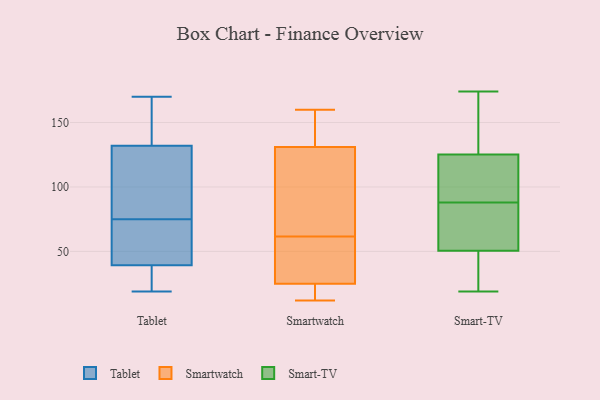
{"axis": {"x": "Churn Rate (%)", "y": "Value"}, "legend": ["Smart-TV", "Smartwatch", "Tablet"], "data": [{"x": "", "y": 83, "type": "Tablet"}, {"x": "", "y": 75, "type": "Tablet"}, {"x": "", "y": 31, "type": "Tablet"}, {"x": "", "y": 19, "type": "Tablet"}, {"x": "", "y": 170, "type": "Tablet"}, {"x": "", "y": 70, "type": "Tablet"}, {"x": "", "y": 29, "type": "Tablet"}, {"x": "", "y": 164, "type": "Tablet"}, {"x": "", "y": 64, "type": "Tablet"}, {"x": "", "y": 141, "type": "Tablet"}, {"x": "", "y": 105, "type": "Tablet"}, {"x": "", "y": 155, "type": "Smartwatch"}, {"x": "", "y": 95, "type": "Smartwatch"}, {"x": "", "y": 131, "type": "Smartwatch"}, {"x": "", "y": 41, "type": "Smartwatch"}, {"x": "", "y": 25, "type": "Smartwatch"}, {"x": "", "y": 160, "type": "Smartwatch"}, {"x": "", "y": 58, "type": "Smartwatch"}, {"x": "", "y": 15, "type": "Smartwatch"}, {"x": "", "y": 12, "type": "Smartwatch"}, {"x": "", "y": 65, "type": "Smartwatch"}, {"x": "", "y": 19, "type": "Smart-TV"}, {"x": "", "y": 36, "type": "Smart-TV"}, {"x": "", "y": 120, "type": "Smart-TV"}, {"x": "", "y": 65, "type": "Smart-TV"}, {"x": "", "y": 95, "type": "Smart-TV"}, {"x": "", "y": 150, "type": "Smart-TV"}, {"x": "", "y": 174, "type": "Smart-TV"}, {"x": "", "y": 50, "type": "Smart-TV"}, {"x": "", "y": 127, "type": "Smart-TV"}, {"x": "", "y": 88, "type": "Smart-TV"}, {"x": "", "y": 52, "type": "Smart-TV"}]}